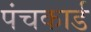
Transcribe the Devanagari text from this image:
पंचकार्ड